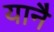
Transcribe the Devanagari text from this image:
यानै